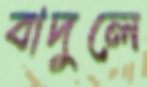
বাদুলে